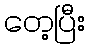
တေ့ပြီး